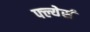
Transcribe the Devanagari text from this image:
फ्ल्येर्स